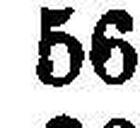
56